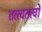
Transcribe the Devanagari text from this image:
तत्त्वतत्वों